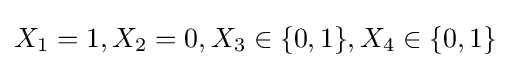
{\textstyle X_{1}=1,X_{2}=0,X_{3}\in \{0,1\},X_{4}\in \{0,1\}}